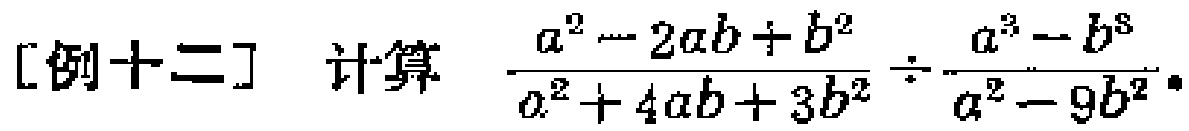
[例十二] 计算 $\frac{a^{2}-2ab + b^{2}}{a^{2}+4ab + 3b^{2}}\div\frac{a^{3}-b^{3}}{a^{2}-9b^{2}}$ 。